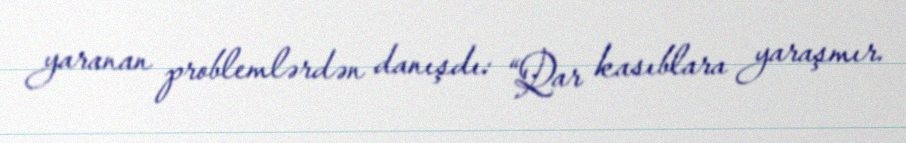
yaranan problemlərdən danışdı: “Qar kasıblara yaraşmır.